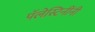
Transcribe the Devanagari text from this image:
पॅलेस्टिनींनी